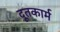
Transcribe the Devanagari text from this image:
दूतकार्म